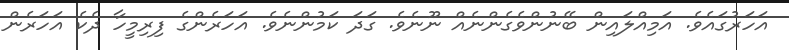
އަހަރުގައެވެ. އަމިއްލައިން ބޭނުންވެގެންނެއް ނޫނެވެ. ގަދަ ކަމުންނެވެ. އަހަރެންގެ ފިރިމީހާ ދެކެ އަހަރެން